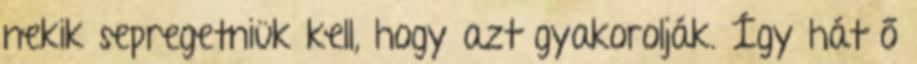
nekik sepregetniük kell, hogy azt gyakorolják. Így hát ő